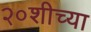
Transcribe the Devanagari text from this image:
२०शीच्या